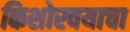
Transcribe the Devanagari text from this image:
किशोरवयाचा